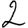
Digit: 2